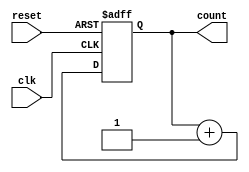
module counter (
  input wire clk,
  input wire reset,
  output reg [7:0] count
);

parameter COUNTER_BITS = 8;

always @(posedge clk or posedge reset) begin
  if (reset) begin
    count <= 8'b0;
  end else begin
    count <= count + 1;
  end
end

endmodule